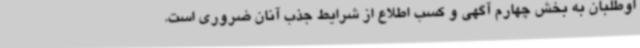
اوطلبان به بخش چهارم آگهی و کسب اطلاع از شرایط جذب آنان ضروری است.